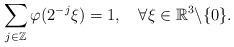
LaTeX: \begin{align*} \sum_{j\in\mathbb{Z}}\varphi(2^{-j}\xi)=1, \ \ \ \forall\xi\in\mathbb{R}^{3}\backslash\{0\}.\end{align*}